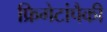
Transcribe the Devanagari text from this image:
फ्रिगेटांपैकी